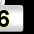
Digit: 6